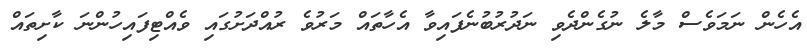
އެހެން ނަމަވެސް މާލެ ނުގެންދެވި ނަދުރުބުނެފައިވާ އެހާތައް މަރުވެ ރުއްދަށުގައި ވެއްޓިފައިހުންނަ ކާށިތައް